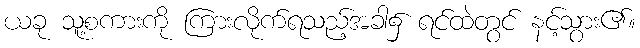
ယခု သူ့စကားကို ကြားလိုက်ရသည့်အခါ၌ ရင်ထဲတွင် နင့်သွား၏။